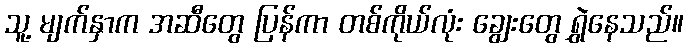
သူ့ မျက်နှာက အဆီတွေ ပြန်ကာ တစ်ကိုယ်လုံး ချွေးတွေ ရွှဲနေသည်။